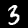
Label: 3